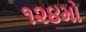
૧૨૪મો